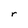
Character: r